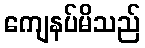
ကျေနပ်မိသည်